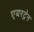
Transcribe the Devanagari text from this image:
एयरट्रेन